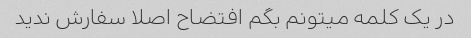
در یک کلمه میتونم بگم افتضاح اصلا سفارش ندید